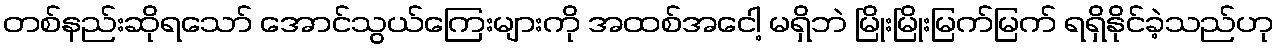
တစ်နည်းဆိုရသော် အောင်သွယ်ကြေးများကို အထစ်အငေါ့ မရှိဘဲ မြိုးမြိုးမြက်မြက် ရရှိနိုင်ခဲ့သည်ဟု